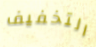
التخفيف